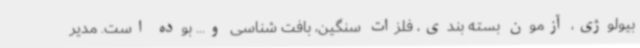
بیولوژی، آزمون بسته بندی، فلزات سنگین، بافت شناسی و... بوده است. مدیر